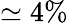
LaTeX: \simeq 4\%